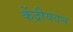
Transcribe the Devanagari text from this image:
केंद्रीयवन